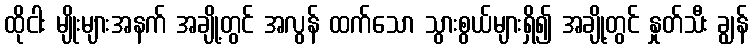
ထိုငါး မျိုးများအနက် အချို့တွင် အလွန် ထက်သော သွားစွယ်များရှိ၍ အချို့တွင် နှုတ်သီး ချွန်